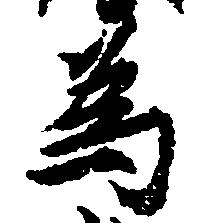
為